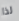
لذا